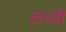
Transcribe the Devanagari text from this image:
लध्वी